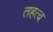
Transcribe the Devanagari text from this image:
तहत्व